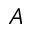
A